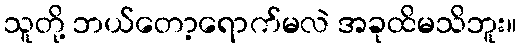
သူတို့ ဘယ်တော့ရောက်မလဲ အခုထိမသိဘူး။